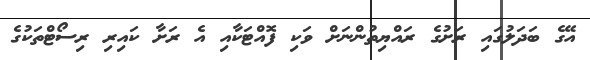
އޭގެ ބަދަލުގައި ރަށުގެ ރައްޔިތުންނަށް ވަކި ފޮއްޓަކާއި އެ ރަށާ ކައިރި ރިސޯޓްތަކުގެ